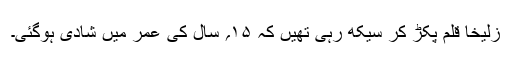
زُلیخا قلم پکڑ کر سیکھ رہی تھیں کہ ۱۵؍ سال کی عمر میں شادی ہوگئی۔